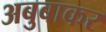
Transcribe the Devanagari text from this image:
अबुबाकर